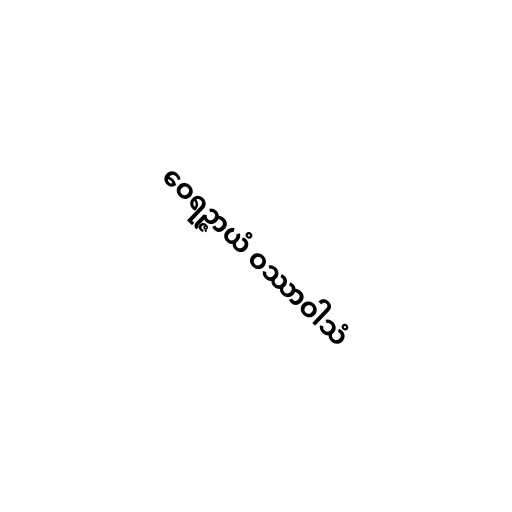
ဝေရဉ္ဇာယံ ဝဿာဝါသံ